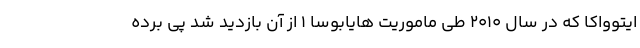
ایتوواکا که در سال ۲۰۱۰ طی ماموریت هایابوسا ۱ از آن بازدید شد پی برده